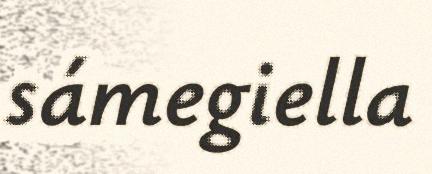
sámegiella